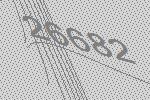
26682